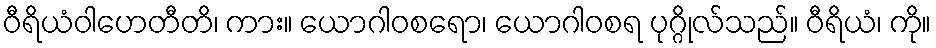
ဝီရိယံဝါဟေတီတိ၊ ကား။ ယောဂါဝစရော၊ ယောဂါဝစရ ပုဂ္ဂိုလ်သည်။ ဝီရိယံ၊ ကို။